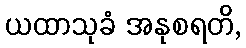
ယထာသုခံ အနုစရတိ,